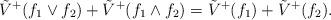
LaTeX: \begin{align*}\tilde{V}^+(f_1\vee f_2)+ \tilde{V}^+(f_1\wedge f_2) = \tilde{V}^+(f_1)+ \tilde{V}^+(f_2).\end{align*}